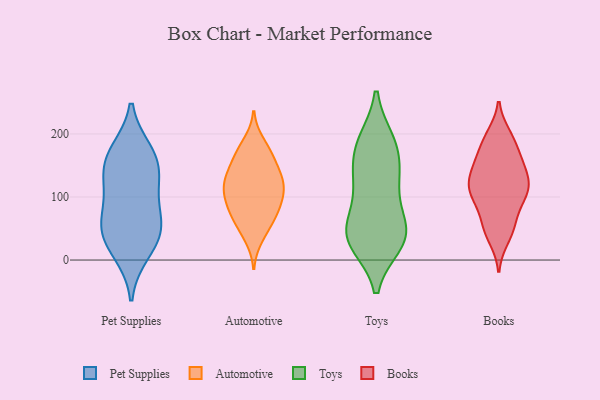
{"axis": {"x": "Humidity (%)", "y": "Value"}, "legend": ["Automotive", "Books", "Pet Supplies", "Toys"], "data": [{"x": "", "y": 123, "type": "Pet Supplies"}, {"x": "", "y": 171, "type": "Pet Supplies"}, {"x": "", "y": 53, "type": "Pet Supplies"}, {"x": "", "y": 114, "type": "Pet Supplies"}, {"x": "", "y": 33, "type": "Pet Supplies"}, {"x": "", "y": 52, "type": "Pet Supplies"}, {"x": "", "y": 68, "type": "Pet Supplies"}, {"x": "", "y": 159, "type": "Pet Supplies"}, {"x": "", "y": 158, "type": "Pet Supplies"}, {"x": "", "y": 13, "type": "Pet Supplies"}, {"x": "", "y": 91, "type": "Automotive"}, {"x": "", "y": 98, "type": "Automotive"}, {"x": "", "y": 36, "type": "Automotive"}, {"x": "", "y": 74, "type": "Automotive"}, {"x": "", "y": 169, "type": "Automotive"}, {"x": "", "y": 167, "type": "Automotive"}, {"x": "", "y": 128, "type": "Automotive"}, {"x": "", "y": 123, "type": "Automotive"}, {"x": "", "y": 166, "type": "Automotive"}, {"x": "", "y": 140, "type": "Automotive"}, {"x": "", "y": 104, "type": "Automotive"}, {"x": "", "y": 116, "type": "Automotive"}, {"x": "", "y": 134, "type": "Automotive"}, {"x": "", "y": 94, "type": "Automotive"}, {"x": "", "y": 186, "type": "Automotive"}, {"x": "", "y": 127, "type": "Automotive"}, {"x": "", "y": 64, "type": "Automotive"}, {"x": "", "y": 50, "type": "Automotive"}, {"x": "", "y": 71, "type": "Automotive"}, {"x": "", "y": 30, "type": "Toys"}, {"x": "", "y": 27, "type": "Toys"}, {"x": "", "y": 184, "type": "Toys"}, {"x": "", "y": 124, "type": "Toys"}, {"x": "", "y": 31, "type": "Toys"}, {"x": "", "y": 115, "type": "Toys"}, {"x": "", "y": 59, "type": "Toys"}, {"x": "", "y": 185, "type": "Toys"}, {"x": "", "y": 58, "type": "Toys"}, {"x": "", "y": 156, "type": "Toys"}, {"x": "", "y": 40, "type": "Toys"}, {"x": "", "y": 188, "type": "Toys"}, {"x": "", "y": 41, "type": "Toys"}, {"x": "", "y": 128, "type": "Toys"}, {"x": "", "y": 145, "type": "Books"}, {"x": "", "y": 46, "type": "Books"}, {"x": "", "y": 168, "type": "Books"}, {"x": "", "y": 113, "type": "Books"}, {"x": "", "y": 155, "type": "Books"}, {"x": "", "y": 198, "type": "Books"}, {"x": "", "y": 58, "type": "Books"}, {"x": "", "y": 195, "type": "Books"}, {"x": "", "y": 131, "type": "Books"}, {"x": "", "y": 59, "type": "Books"}, {"x": "", "y": 112, "type": "Books"}, {"x": "", "y": 115, "type": "Books"}, {"x": "", "y": 34, "type": "Books"}, {"x": "", "y": 92, "type": "Books"}, {"x": "", "y": 148, "type": "Books"}, {"x": "", "y": 125, "type": "Books"}, {"x": "", "y": 104, "type": "Books"}, {"x": "", "y": 95, "type": "Books"}, {"x": "", "y": 182, "type": "Books"}]}